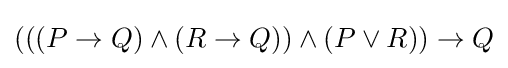
(((P\to Q)\land (R\to Q))\land (P\lor R))\to Q